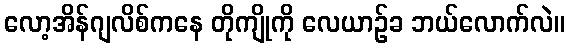
လော့အိန်ဂျလိစ်ကနေ တိုကျိုကို လေယာဉ်ခ ဘယ်လောက်လဲ။